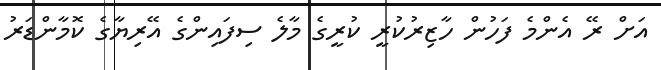
އަށް ރޭ އެންމެ ފަހުން ހާޒިރުކުރީ ކުރީގެ މާލެ ސިފައިންގެ އޭރިޔާގެ ކޮމާންޑަރު